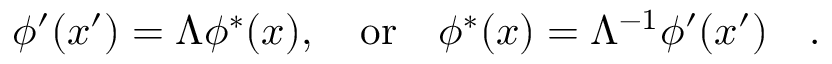
\phi ^ { \prime } ( x ^ { \prime } ) = \Lambda \phi ^ { * } ( x ) , \quad \mathrm { o r } \quad \phi ^ { * } ( x ) = \Lambda ^ { - 1 } \phi ^ { \prime } ( x ^ { \prime } ) \quad .